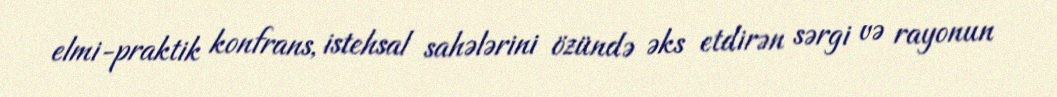
elmi-praktik konfrans, istehsal sahələrini özündə əks etdirən sərgi və rayonun